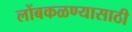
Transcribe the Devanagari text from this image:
लोंबकळण्यासाठी